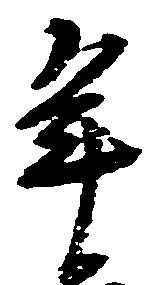
年